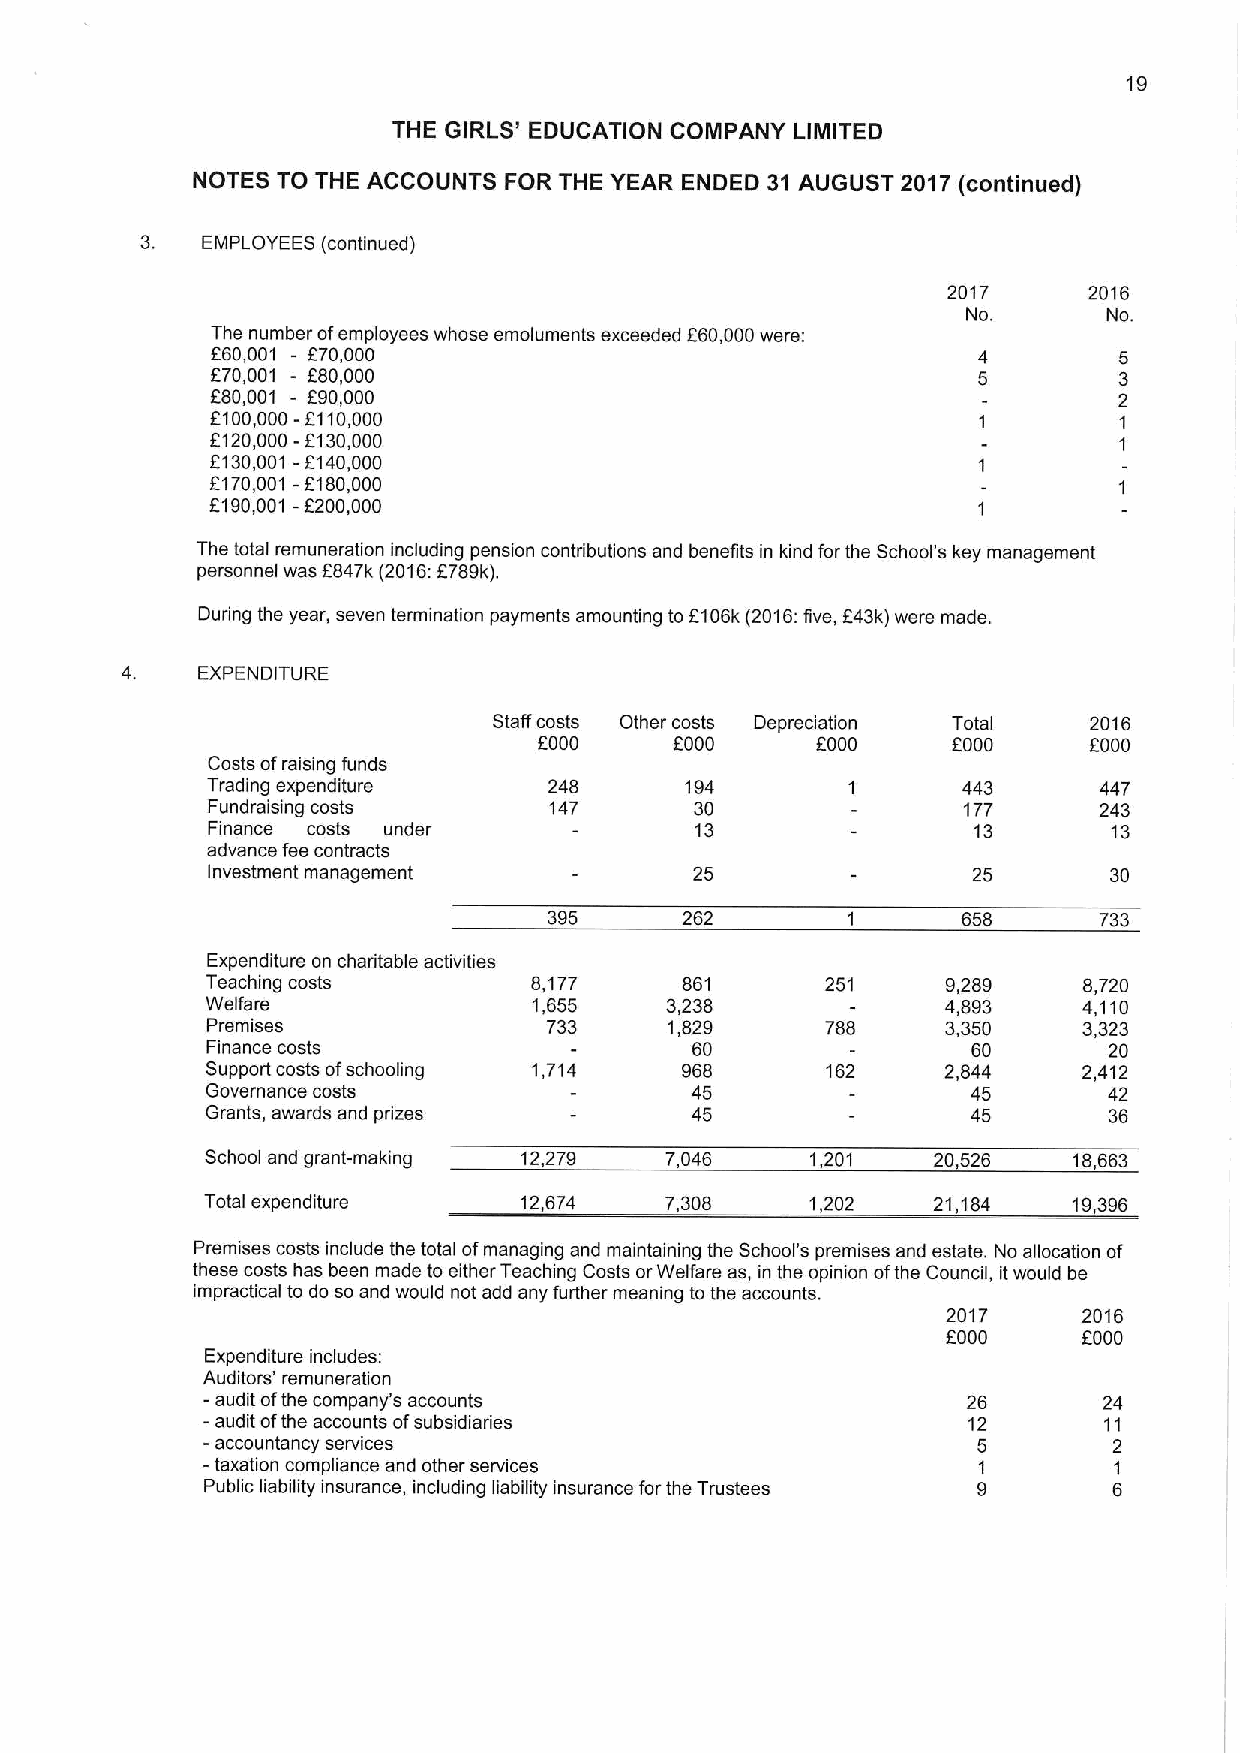
19
 THE GIRLS' EDUCATION COMPANY LIMITED
 NOTES TO THE ACCOUNTS FOR THE YEAR ENDED 31 AUGUST 2017(continued)
 3.  EMPLOYEES (continued)
 2017     2016
 No.      No.
 The number ofemployees whose emoluments exceeded E60,000were:
 E60,001 - E70,000
 E70,001 - E80,000
 F80,001 - F90,000
 E100,000-E110,000
 E120,000-F130,000
 E130,001 -E140,000
 E170,001 -F180,000
 E190,001 -F200,000
 The total remuneration including pension contributions and benefits in kind for the School's key management
 personnel was E847k (2016:E789k).
 During the year, seven termination payments amounting toF106k(2016:five, E43k)were made.
 EXPENDITURE
 Staff costs Other costs Depreciation Total 2016
 EOOO     f000     FOOO     EOOO     FOOO
 Costs ofraising funds
 Trading expenditure   248      194        1       443      447
 Fundraising costs     147       30                177      243
 Finance costs under             13                 13       13
 advance fee contracts
 Investment management           25                25       30
 395      262        1       658      733
 Expenditure on charitable activities
 Teaching costs       8,177     861       251     9,289    8,720
 Welfare              1,655    3,238              4,893    4,110
 Premises              733     1,829      788     3,350    3,323
 Finance costs                   60                60       20
 Support costs ofschooling 1,714 968      162     2,844    2,412
 Governance costs                45                45       42
 Grants, awards and prizes       45                45       36
 School and grant-making 12,279 7,046    1,201   20 526   18,663
 Total expenditure   12,674    7,308     1,202   21,184   19,396
 Premises costs include the total ofmanaging and maintaining the School's premises and estate. No allocation of
 these costs has been made to either Teaching Costs orWelfare as, in the opinion ofthe Council, itwould be
 impractical to do so and would not add any further meaning to the accounts.
 2017     2016
 FOOO     EOOO
 Expenditure includes:
 Auditors' remuneration
 - audit ofthe company's accounts                   26       24
 - audit ofthe accounts ofsubsidiaries              12       11
 -accountancy services                               5        2
 -taxation compliance and other services             1        1
 Public liability insurance, including liability insurance forthe Trustees 9 6